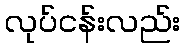
လုပ်ငန်းလည်း